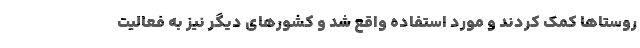
روستاها کمک کردند و مورد استفاده واقع شد و کشورهای دیگر نیز به فعالیت